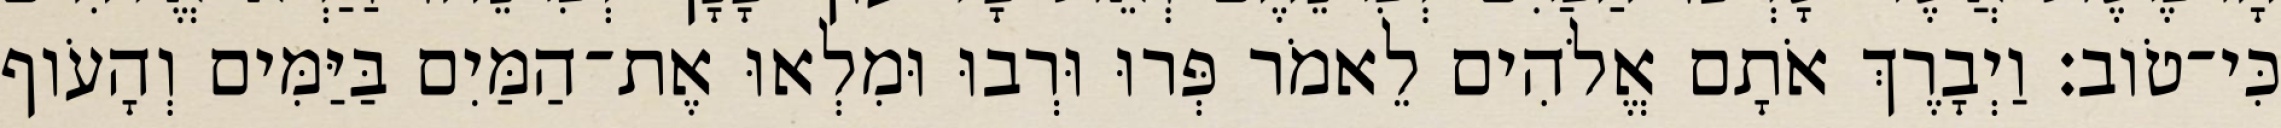
כִּי־טֹוב׃ וַיְבָרֶךְ אֹתָם אֱלֹהִים לֵאמֹר פְּרוּ וּרְבוּ וּמִלְאוּ אֶת־הַמַּיִם בַּיַּמִּים וְהָעֹוף